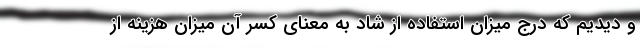
و دیدیم که درج میزان استفاده از شاد به معنای کسر آن میزان هزینه از